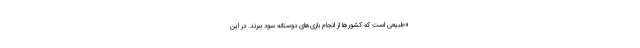
«طبیعی است که کشور‌ها از انجام بازی‌های دوستانه سود ببرند. در این